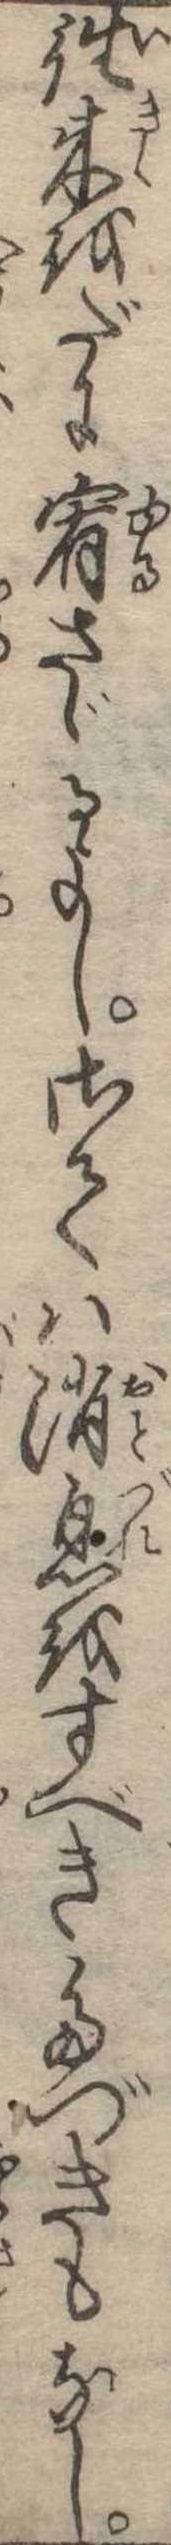
往来をだに宥さゞるよしさては消息をすべきたづきもなし